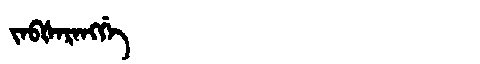
Manchu: ᠵᠠᠪᡧᠠᡵᠠᠩᡤᡝ
Romanization: JABŠARANGGE